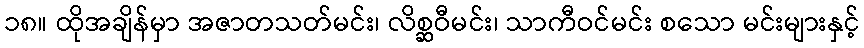
၁၈။ ထိုအချိန်မှာ အဇာတသတ်မင်း၊ လိစ္ဆဝီမင်း၊ သာကီဝင်မင်း စသော မင်းများနှင့်